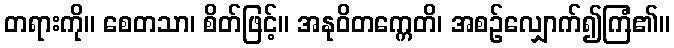
တရားကို။ စေတသာ၊ စိတ်ဖြင့်။ အနုဝိတက္ကေတိ၊ အစဉ်လျှောက်၍ကြံ၏။